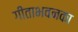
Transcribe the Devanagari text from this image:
गीताभवनका